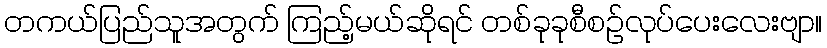
တကယ်ပြည်သူအတွက် ကြည့်မယ်ဆိုရင် တစ်ခုခုစီစဉ်လုပ်ပေးလေးဗျာ။